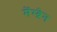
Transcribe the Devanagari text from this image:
मेंम्ब्रेन